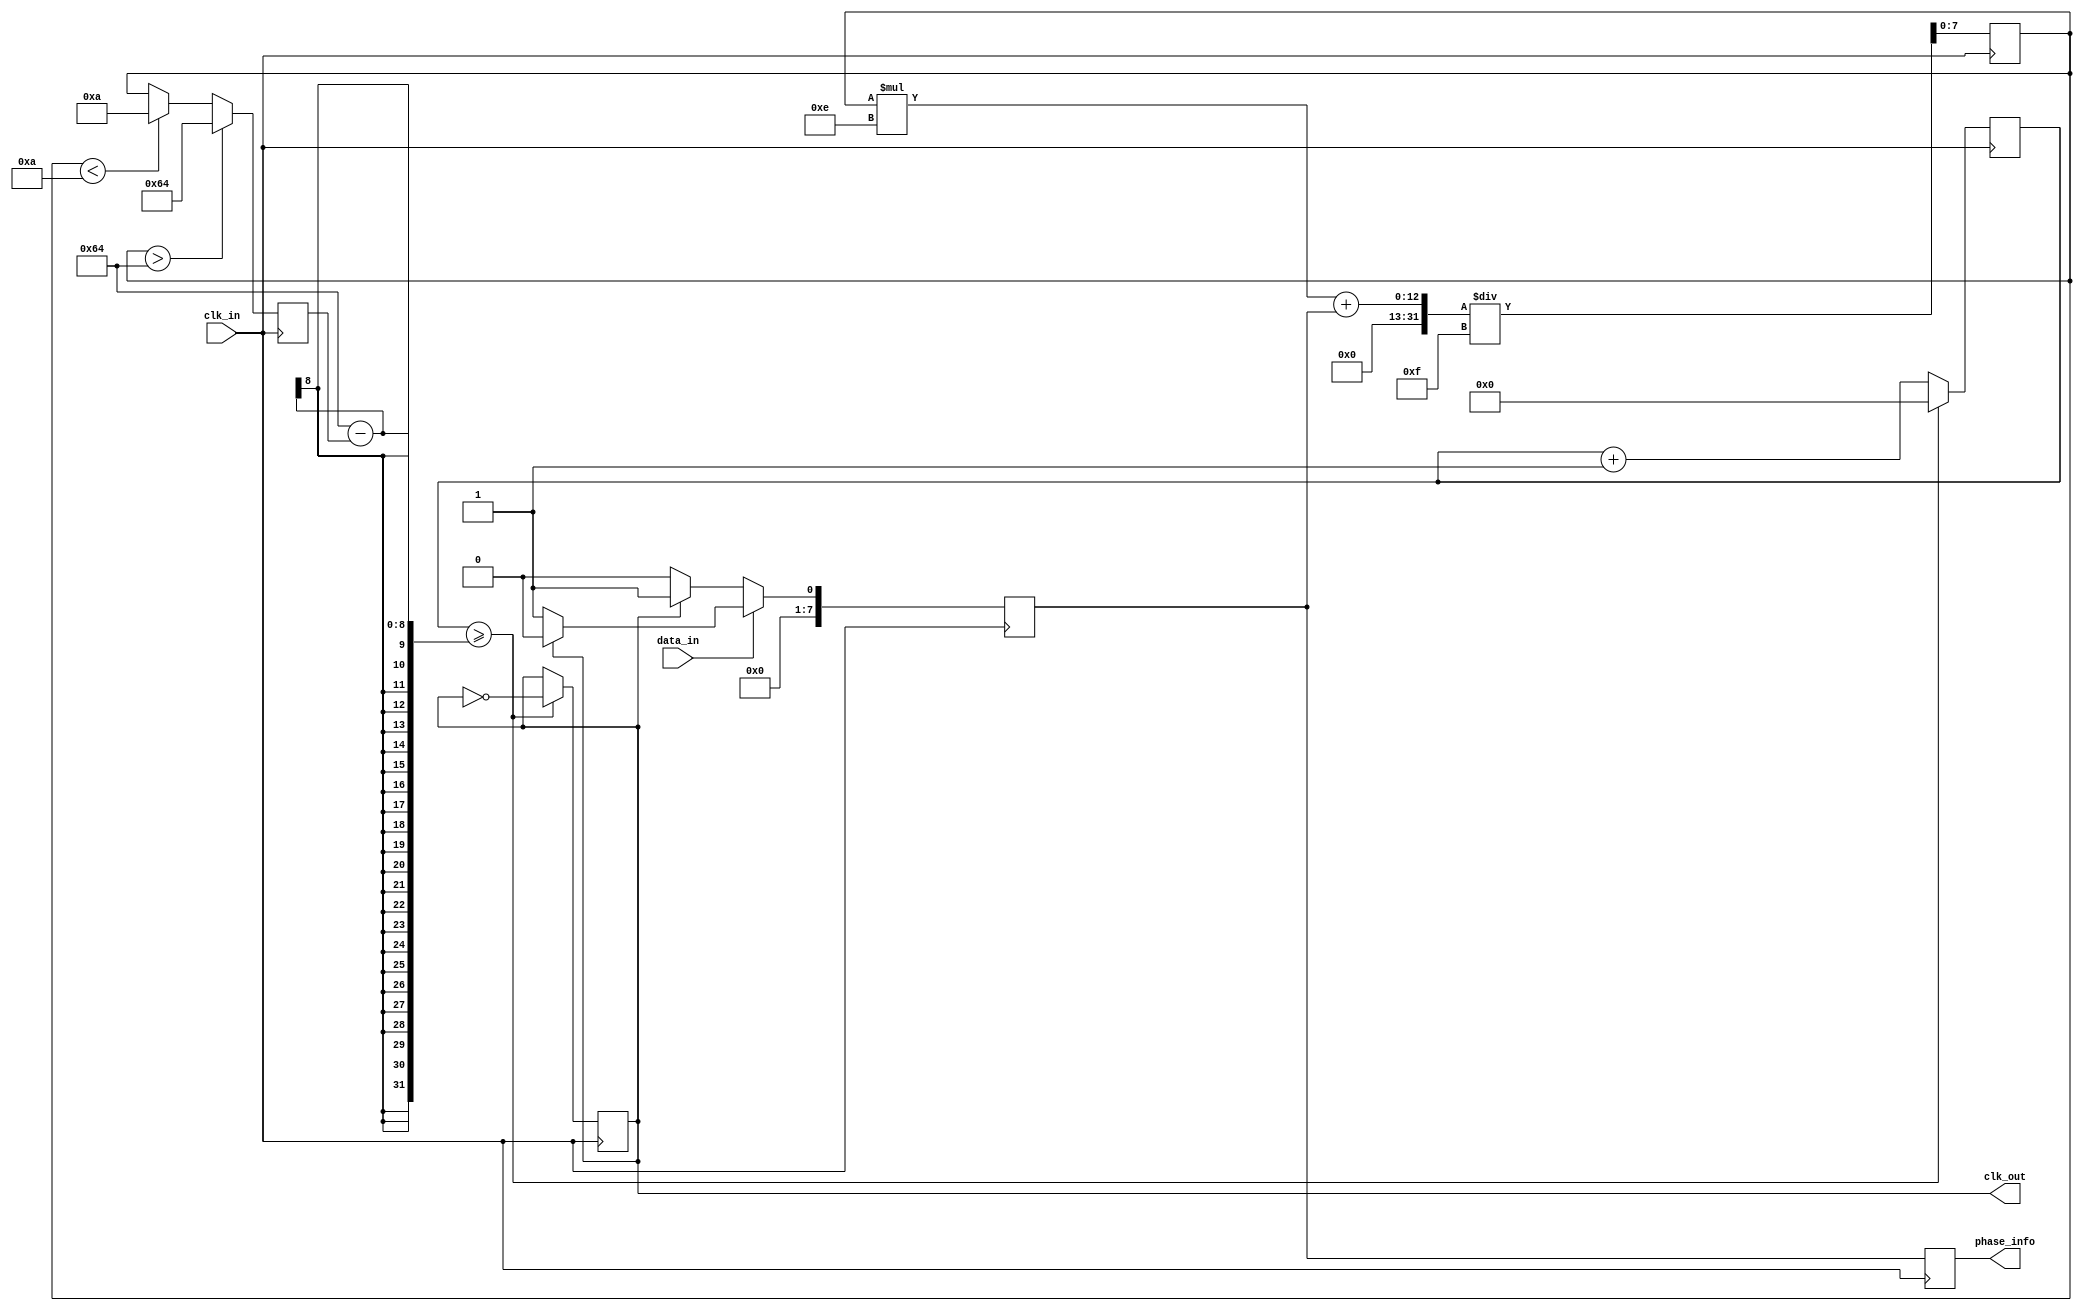
module ClockRecoveryPLL (
    input wire clk_in,         // Incoming data clock
    input wire data_in,        // Incoming data stream
    output reg clk_out,        // Output clock signal
    output reg [7:0] phase_info // Memory block for phase information
);

    // Parameters
    parameter PHASE_THRESHOLD = 1; // Phase detection threshold
    parameter FILTER_COEFF = 8'h0F; // Loop filter coefficient
    parameter VCO_MAX_FREQ = 100; // Max frequency for VCO
    parameter VCO_MIN_FREQ = 10; // Min frequency for VCO

    // Internal signals
    reg [7:0] phase_error; // Phase error signal
    reg [7:0] control_voltage; // Control voltage for VCO
    reg [7:0] vco_freq; // Current frequency of the VCO
    reg [7:0] vco_counter; // VCO counter for generating clk_out

    // Phase Detector
    always @(posedge clk_in) begin
        if (data_in) begin
            phase_error <= (clk_out == 1'b1) ? 0 : 1; // Simple phase error detection
        end else begin
            phase_error <= (clk_out == 1'b0) ? 0 : 1; // Simple phase error detection
        end
    end

    // Loop Filter
    always @(posedge clk_in) begin
        control_voltage <= (control_voltage * (FILTER_COEFF - 1) + phase_error) / FILTER_COEFF;
    end

    // Voltage-Controlled Oscillator (VCO)
    always @(posedge clk_in) begin
        // Adjust VCO frequency based on control voltage
        if (control_voltage > VCO_MAX_FREQ) begin
            vco_freq <= VCO_MAX_FREQ;
        end else if (control_voltage < VCO_MIN_FREQ) begin
            vco_freq <= VCO_MIN_FREQ;
        end else begin
            vco_freq <= control_voltage;
        end

        // Generate clk_out based on VCO frequency
        vco_counter <= vco_counter + 1;
        if (vco_counter >= (100 - vco_freq)) begin // Adjust the divisor for frequency
            clk_out <= ~clk_out;
            vco_counter <= 0;
        end
    end

    // Memory Block for phase information
    always @(posedge clk_in) begin
        phase_info <= {phase_info[6:0], phase_error}; // Shift in phase error
    end

endmodule